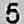
5